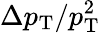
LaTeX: \Delta p_{\mathrm{T}}/p_{\mathrm{T}}^{2}